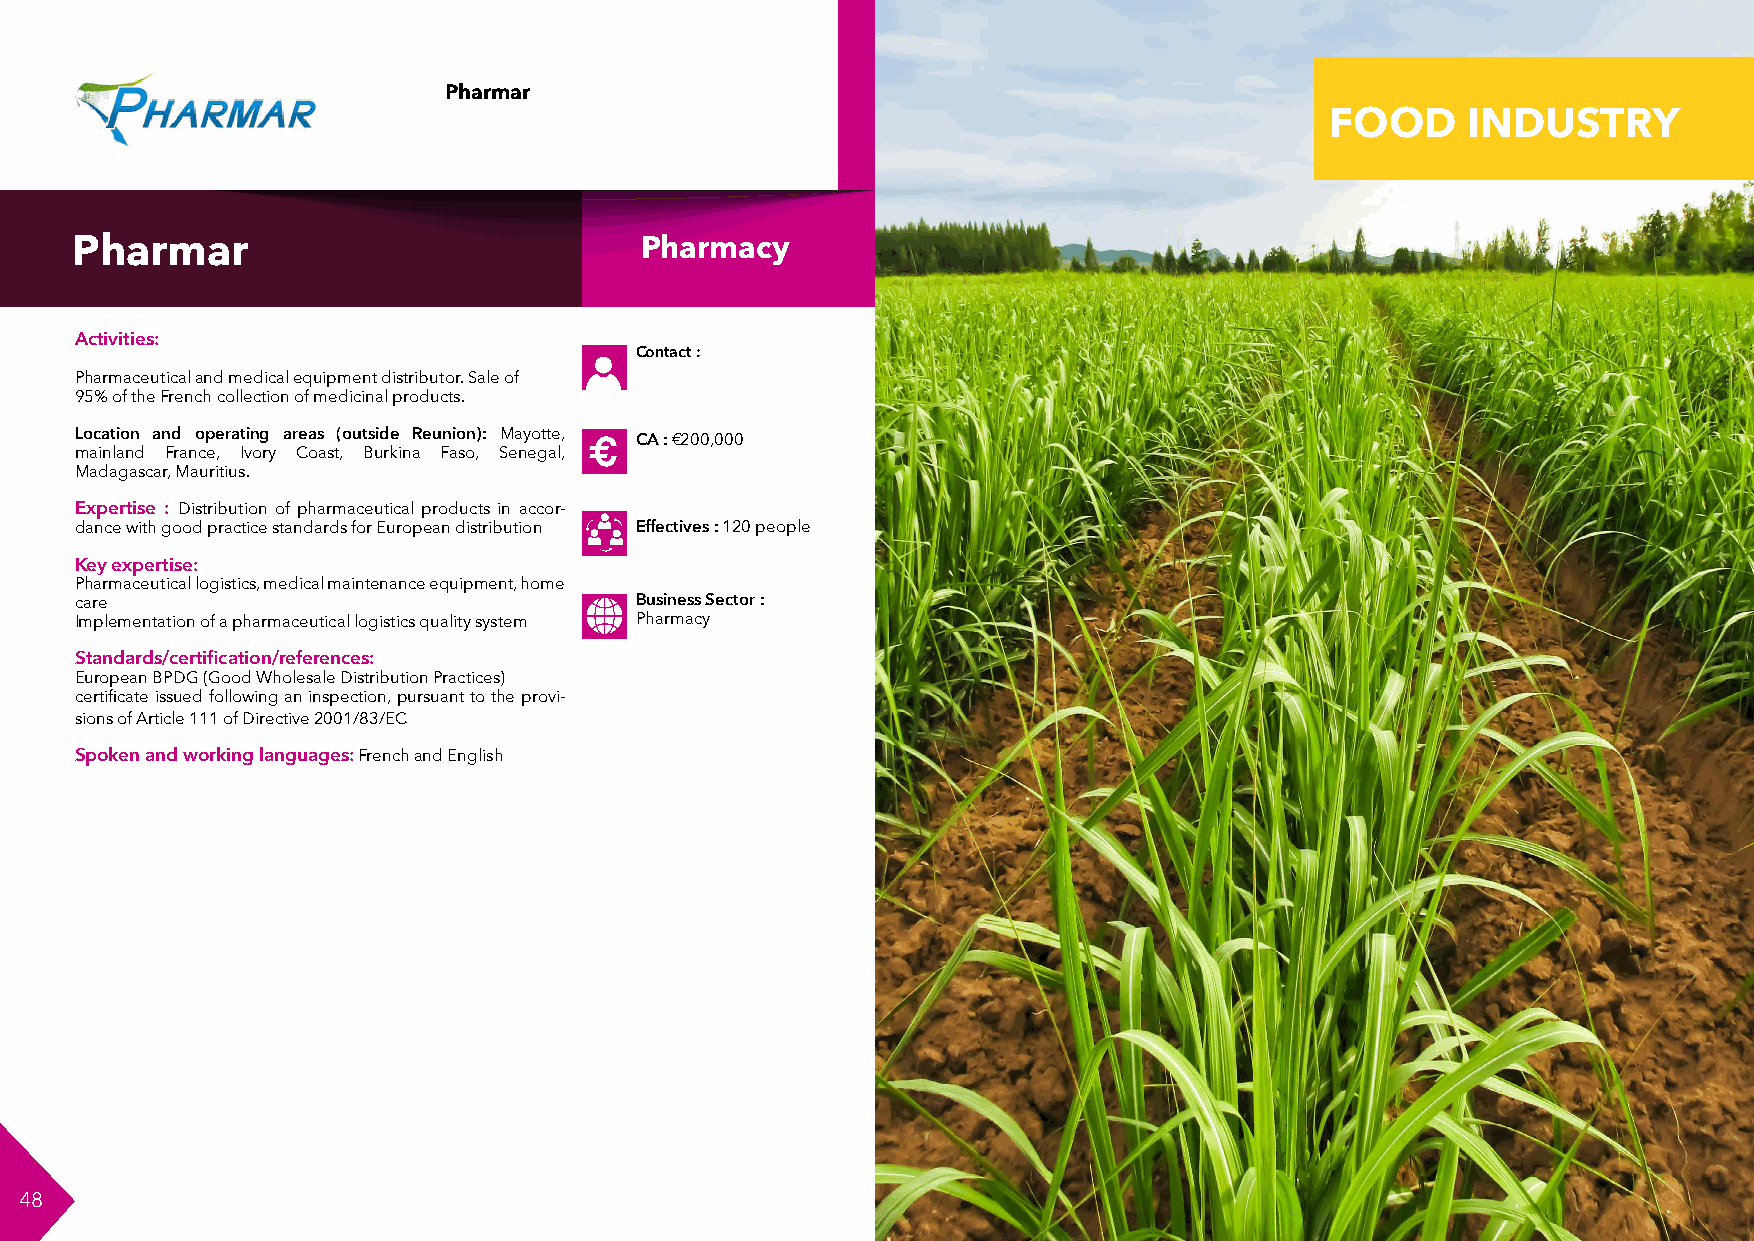
Pharmar
 FOOD     INDUSTRY
 FORMATION
 Pharmar                              Pharmacy
 Activities:
 Contact :
 Pharmaceutical and medical equipment distributor. Sale of
 95% of the French collection of medicinal products.
 Location and operating areas (outside Reunion): Mayotte, CA : €200,000
 mainland France, Ivory Coast, Burkina Faso, Senegal, €                                      €
 Madagascar, Mauritius.
 Expertise : Distribution of pharmaceutical products in accor-
 dance with good practice standards for European distribution Effectives : 120 people
 Key expertise:
 Pharmaceutical logistics, medical maintenance equipment, home
 care                                 Business Sector :
 Implementation of a pharmaceutical logistics quality system Pharmacy
 Standards/certification/references:
 European BPDG (Good Wholesale Distribution Practices)
 certificate issued following an inspection, pursuant to the provi-
 sions of Article 111 of Directive 2001/83/EC
 Spoken and working languages: French and English
 48                                                                                                              49